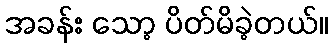
အခန်း သော့ ပိတ်မိခဲ့တယ်။